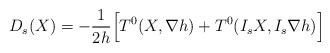
LaTeX: \begin{align*} \begin{aligned} D_s(X)=-\frac1{2h}\Big[T^0(X,\nabla h)+T^0(I_sX,I_s\nabla h)\Big]\end{aligned}\end{align*}